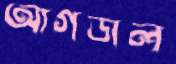
আগডাল